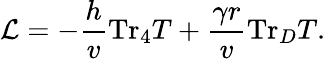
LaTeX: {\cal L}=-\frac{h}{v}\mathrm{Tr}_{4}T+\frac{\gamma r}{v}\mathrm{Tr}_{D}T.